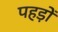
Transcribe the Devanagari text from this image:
पहड़ों